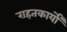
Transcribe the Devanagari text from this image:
राहतकार्यों